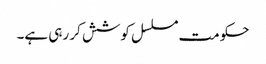
حکومت مسلسل کوشش کر رہی ہے۔